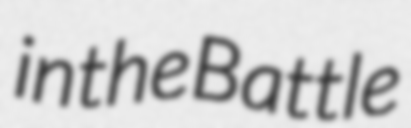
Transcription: in the Battle